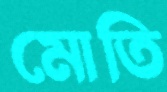
মোতি